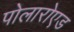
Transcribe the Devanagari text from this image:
पोलारोएड